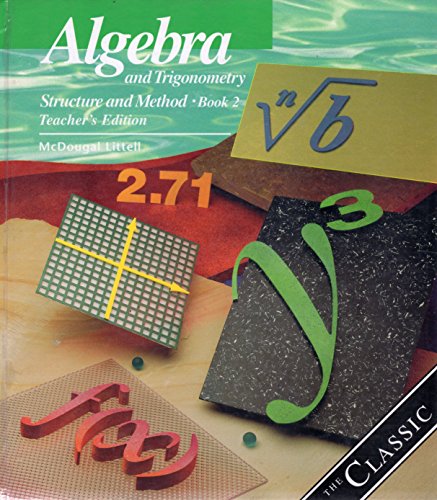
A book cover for Algebra and Trigonometry, Structure and Method, Book 2: Teacher's Edition Isbn 0395977266 9780395977262; Science & Math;